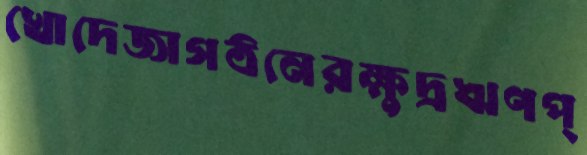
খোদেজাগঠনেরক্ষুদ্রঋণপ্